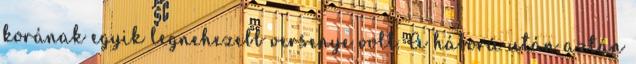
korának egyik legnehezebb versenye volt. A háború után aztán